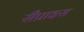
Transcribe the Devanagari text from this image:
रीप्राइस